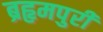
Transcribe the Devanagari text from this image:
ब्रहृमपुरी